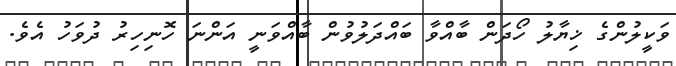
ވަކީލުންގެ ޚިޔާލު ހޯދަން ބާއްވާ ބައްދަލުވުން ބާއްވަނީ އަންނަ ހޮނިހިރު ދުވަހު އެވެ.